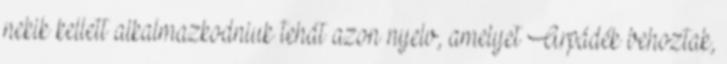
nekik kellett alkalmazkodniuk tehát azon nyelv, amelyet Arpádék behoztak,